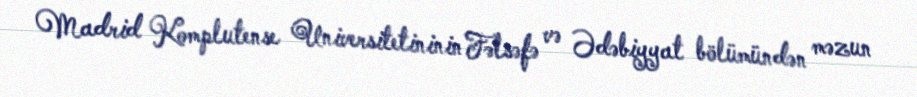
Madrid Komplutense Universitetininin Fəlsəfə və Ədəbiyyat bölümündən məzun